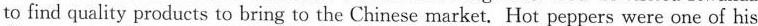
to find quality products to bring to the Chinese market. Hot peppers were one of his